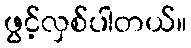
ဖွင့်လှစ်ပါတယ်။